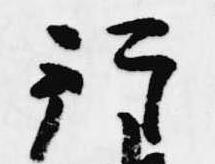
行